[Report on the health of British troops in the Madras command]
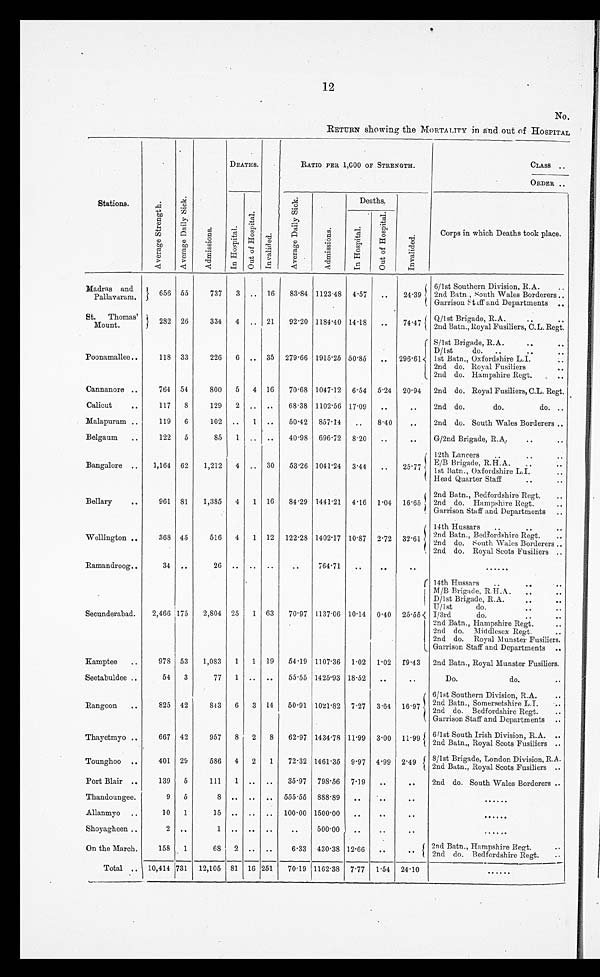
12
NO,
RETURN showing the MORTALITY in and out of HOSPITAL
Stations.
A v e r a g e S t r e n g t h .
A v e r a g e D a i l y S i c k .
A d m i s s i o n s .
DEATHS.
I n v a l i d e d .
RATIO PER 1,000 OF STRENGTH.
CLASS ..
ORDER..
I n H o s p i t a l .
O u t o f H o s p i t a l .
A v e r a g e D a i l y S i c k .
A d m i s s i o n s .
Deaths.
I n v a l i d e d .
Corps in which Deaths took place.
I n H o s p i t a l . O u t o f H o s p i t a l .
Madras and
Pallavaram.
656 55
737
16
83.84 1123.48 4.57
. . .
24.39
6/1st Southern Division, R.A.
..
2nd Batn., South Wales Borderers ..
Garrison Staff and Departments ..
St. Thomas'
Mount.
282 26
334 4 .. 21
92.20 1184.40 14.18 ..
74.47 Q/1st Brigade, R.A.
2nd Batn., Royal Fusiliers, C.L. Regt.
Poonamallee ..
118 33
226 6 .. 35 279.66 1915.25 50.85 .. 296.61
S/1st Brigade, R.A.
..
..
D/lst
do. ..
..
1st Batn., Oxfordshire L.I.
..
2nd do. Royal Fusiliers
..
2nd do. Hampshire Regt.
..
Cannanore ..
764 54
800 5 4 16
70.68 1047.12 6.54 5.24 20.94 2nd do. Royal Fusiliers, C.L. Regt.
Calicut
..
117 8
129 2 .. ..
68.38 1102.56 17.09
..
..
2nd do.
do.
do. ..
Malapuram ..
119 6
102 ..
1 ..
50.42 857.14
..
8.40
..
2nd do. South Wales Borderers ..
Belgaum ..
122 5
85
..
40.98 696.72 8.20
..
..
G/2nd Brigade, R.A.
..
..
Bangalore ..
1,164 62
1,212 4 .. 30
53.26 1041.24 3.44
..
25.77
12th Lancers
..
.. ..
E/B Brigade,R.H.A.
..
..
1st Batn., Oxfordshire L.I.
Bead Quarter Staff
..
..
Bellary
..
961 81
1,385 4 1 16
84.29 1441.21 4.16 1.04 16.65
2nd Batn., Bedfordshire Regt.
..
2nd do. Hampshire Regt.
Garrison Staff and Departments ..
Wellington ..
368 45
516 4 1 12 122.28 1402.17 10.87 2.72 32.61
14th Hussars
..
..
..
2nd Batn., Bedfordshire Regt
2nd do. South Wales Borderers ..
2nd do. Royal Scots Fusiliers ..
Ramandroog..
34 ..
26 .. .. ..
..
764.71
..
..
..
......
Secunderabad.
2,466 175
2,804 25 1 63
70.97 1137.06 10.14 0.40 25.55
14th Hussars
..
..
..
M/B Brigade, R. H.A . .. ..
D/1st Brigade, R.A.
..
..
U/1st
do.
I/3rd
do.
..
2nd Batn., Hampshire Regt.
2nd do. Middlesex Regt.
..
2nd do. Royal Munster Fusiliers.
Garrison Staff and Departments ..
Kamptee ..
978 53
1,083 1 1 19 54.19 1107.36 1.02 1.02
1 9 . 4 3
2nd Batn., Royal Munster Fusiliers.
Seetabuldee ..
54 3
77 1 .. ..
55.55 1425.93 18.52 ..
..
Do.
do.
..
Rangoon..
825 42
843 6 3 14 50.91 1021.82 7.27 3.61 16.97
6/1st Southern Division, R.A.
2nd Batn., Somersetshire L.I .. ..
2nd do. Bedfordshire Regt.
..
Garrison Staff and Departments ..
Thayetmyo ..
667 42
957 8 2 8
62.97 1434.78 11.99 3.00 11.99 6/1st South Irish Division, R.A. ..
2nd. Batn., Royal Scots Fusiliers ..
Tounghoo ..
401 29
586 4 2 1
72.32 1461.35 9.97 4.99 2.49
8/1st Brigade. London Division, R.A.
2nd Batn., Royal Scots Fusiliers ..
Port Blair ..
139 5
111 1
. .
..
35.97 798.56 7.19
..
..
2nd do. South Wales Borderers ..
Thandoungee.
9 5
8 .. .. .. 555.55 888.89 ..
..
..
......
Allanmyo ..
10 1
15 .. .. .. 100.00 1500.00 ..
..
..
......
Shoyagheen ..
2
. .
1
. .
. .
. .
. .
500.00
. .
..
..
.....
On the March.
158 1
68 2 .. ..
6.33 430.38 12.66
..
. .
2nd Batn., Hampshire Regt.
2nd do. Bedfordshire Regt.
..
Total .. 10,414 731 12,105 81 16 251
70.19 1162.38 7.77 1.54 24.10
......